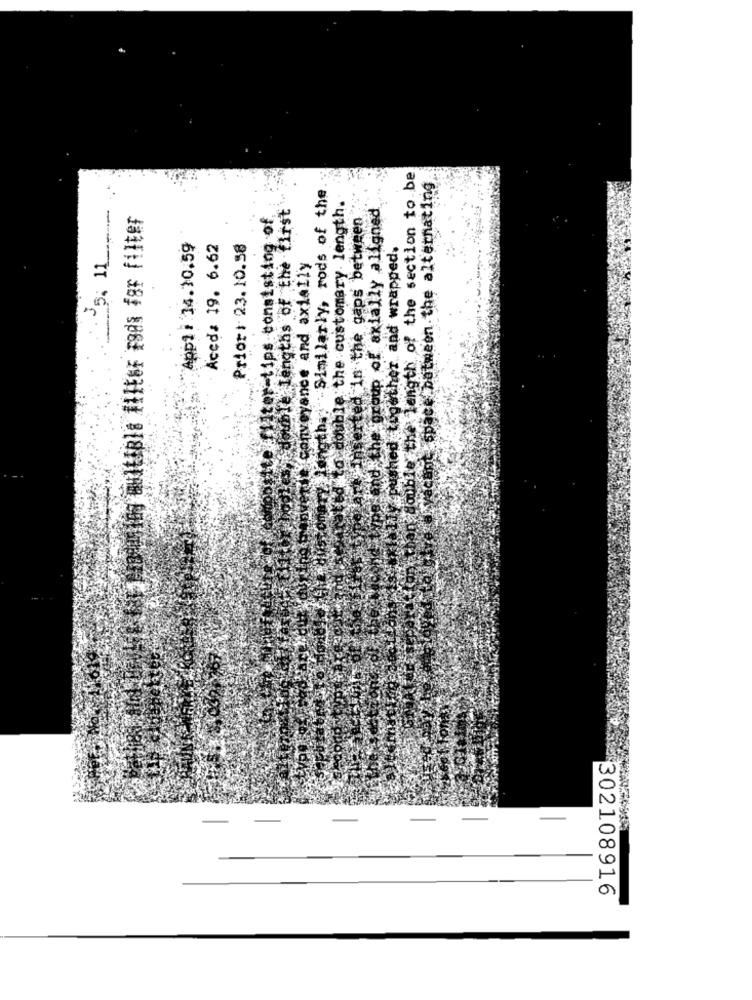
n double the Length of the section to be
space between the alternating
- Similarly, rods of the
ted to double the customary length.
mble Lengths of the first
the group of axially aligned
5. 11-
ter-tips consisting of
rted in the gaps between
App1 : 14.10.59
Aceda 19. 6.62
Priori 23.10.58
withed together and wrapped.
Conveyance and axially
302108916